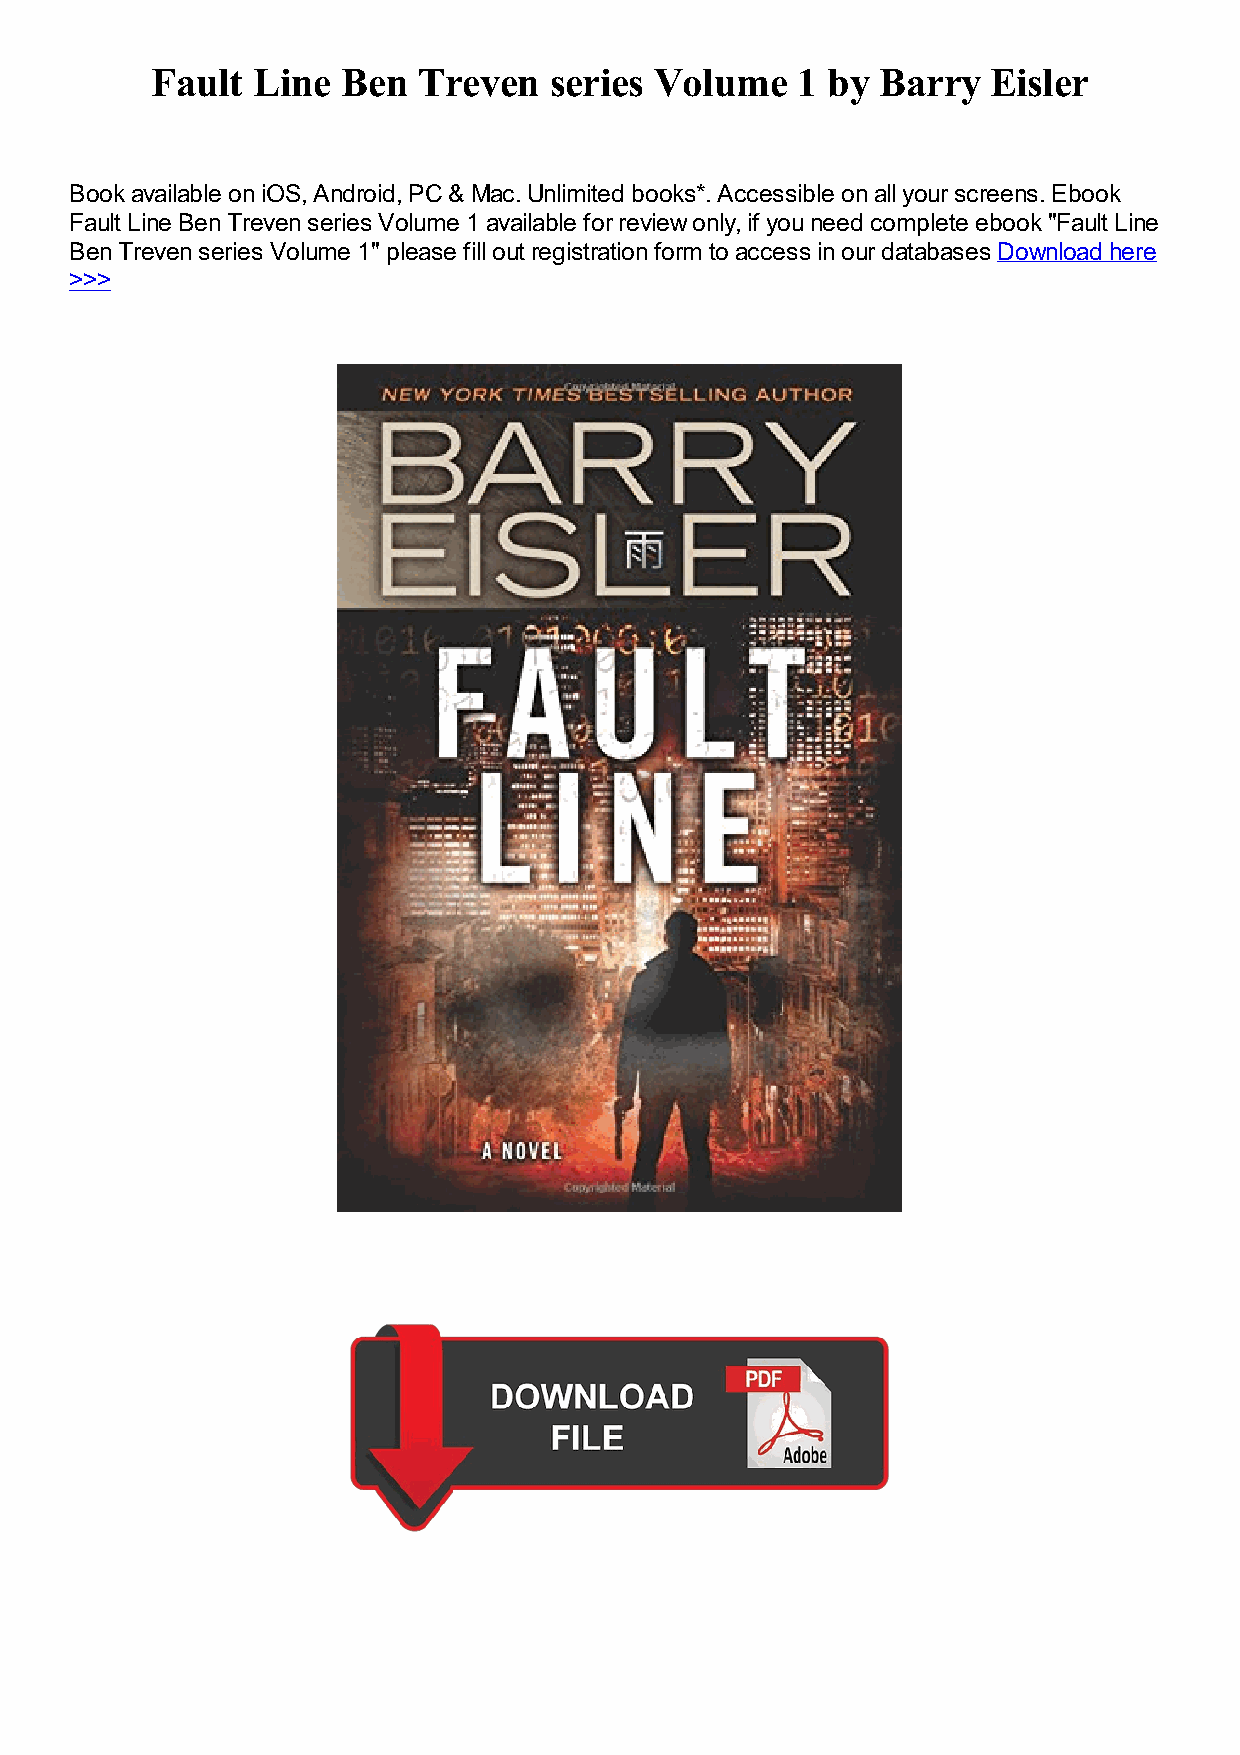
Fault  Line  Ben  Treven  series Volume    1 by Barry   Eisler
 Book available on iOS, Android, PC & Mac. Unlimited books*. Accessible on all your screens. Ebook
 Fault Line Ben Treven series Volume 1 available for review only, if you need complete ebook "Fault Line
 Ben Treven series Volume 1" please fill out registration form to access in our databases Download here
 >>>